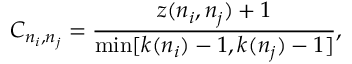
C _ { n _ { i } , n _ { j } } = \frac { z ( n _ { i } , n _ { j } ) + 1 } { \operatorname* { m i n } [ k ( n _ { i } ) - 1 , k ( n _ { j } ) - 1 ] } ,